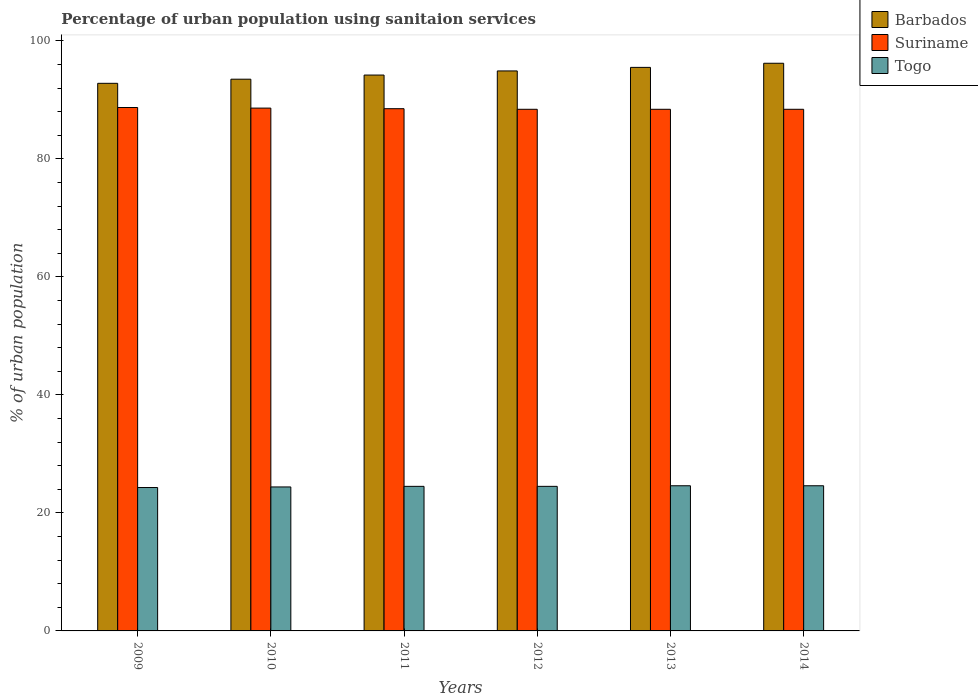
| Years | Barbados | Suriname | Togo |
 | --- | --- | --- | --- |
 | 2009 | 92.8 | 88.7 | 24.3 |
 | 2010 | 93.5 | 88.6 | 24.4 |
 | 2011 | 94.2 | 88.5 | 24.5 |
 | 2012 | 94.9 | 88.4 | 24.5 |
 | 2013 | 95.5 | 88.4 | 24.6 |
 | 2014 | 96.2 | 88.4 | 24.6 |